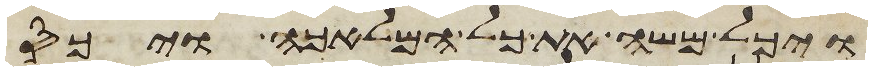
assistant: ויכל משה את כל המלאכה ויכס